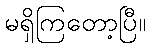
မရှိကြတော့ပြီ။